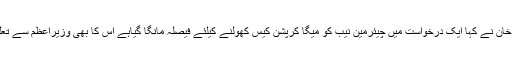
مخدوم علی خان نے کہا ایک درخواست میں چیئرمین نیب کو میگا کرپشن کیس کھولنے کیلئے فیصلہ مانگا گیاہے اس کا بھی وزیراعظم سے تعلق نہیں بنتا۔